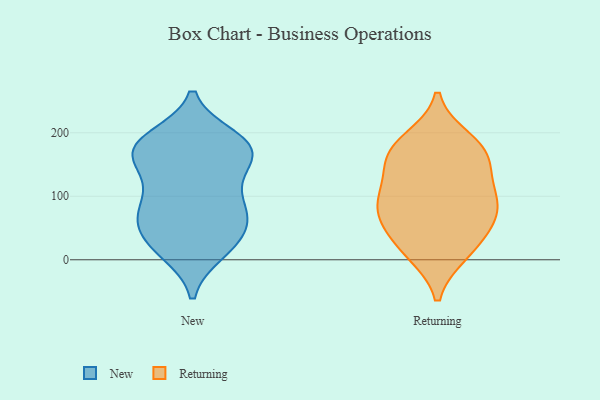
{"axis": {"x": "Customer Acquisition Cost (USD)", "y": "Value"}, "legend": ["New", "Returning"], "data": [{"x": "", "y": 177, "type": "New"}, {"x": "", "y": 180, "type": "New"}, {"x": "", "y": 182, "type": "New"}, {"x": "", "y": 172, "type": "New"}, {"x": "", "y": 17, "type": "New"}, {"x": "", "y": 176, "type": "New"}, {"x": "", "y": 78, "type": "New"}, {"x": "", "y": 68, "type": "New"}, {"x": "", "y": 13, "type": "New"}, {"x": "", "y": 129, "type": "New"}, {"x": "", "y": 57, "type": "New"}, {"x": "", "y": 78, "type": "New"}, {"x": "", "y": 173, "type": "New"}, {"x": "", "y": 65, "type": "New"}, {"x": "", "y": 191, "type": "New"}, {"x": "", "y": 91, "type": "New"}, {"x": "", "y": 26, "type": "New"}, {"x": "", "y": 29, "type": "New"}, {"x": "", "y": 128, "type": "New"}, {"x": "", "y": 154, "type": "New"}, {"x": "", "y": 70, "type": "Returning"}, {"x": "", "y": 170, "type": "Returning"}, {"x": "", "y": 81, "type": "Returning"}, {"x": "", "y": 10, "type": "Returning"}, {"x": "", "y": 79, "type": "Returning"}, {"x": "", "y": 93, "type": "Returning"}, {"x": "", "y": 189, "type": "Returning"}, {"x": "", "y": 110, "type": "Returning"}, {"x": "", "y": 11, "type": "Returning"}, {"x": "", "y": 33, "type": "Returning"}, {"x": "", "y": 55, "type": "Returning"}, {"x": "", "y": 160, "type": "Returning"}, {"x": "", "y": 121, "type": "Returning"}, {"x": "", "y": 156, "type": "Returning"}, {"x": "", "y": 178, "type": "Returning"}]}